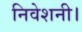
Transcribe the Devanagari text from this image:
निवेशनी।